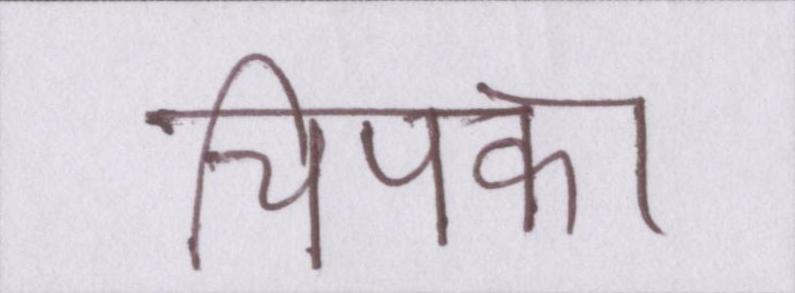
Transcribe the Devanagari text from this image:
चिपका